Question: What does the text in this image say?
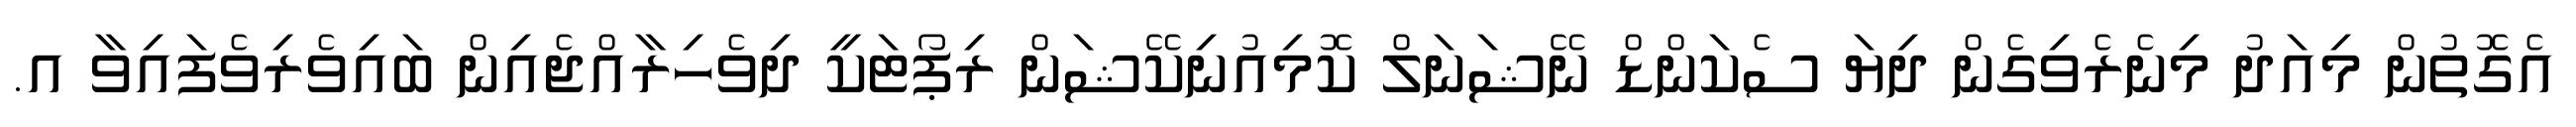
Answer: އެގޮތުން މިއަދު މިނެރެވިގެން ދިޔަ ސެކަންޑް ނޭޝަނަލް ކޮމިއުނިކޭޝަން ރިޕޯޓަކީ ދިވެހިރާއްޖެއިން ބައިވެރިވެފައިވާ އ.